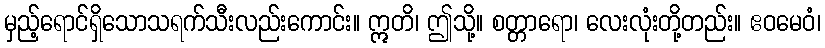
မှည့်ရောင်ရှိသောသရက်သီးလည်းကောင်း။ ဣတိ၊ ဤသို့။ စတ္တာရော၊ လေးလုံးတို့တည်း။ ဧဝမေဝံ၊